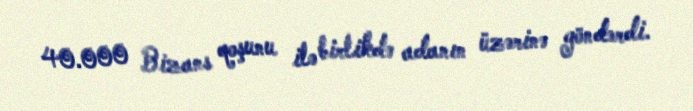
40.000 Bizans qoşunu ilə birlikdə adanın üzərinə göndərdi.